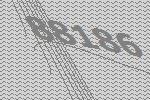
88186